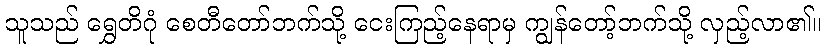
သူသည် ရွှေတိဂုံ စေတီတော်ဘက်သို့ ငေးကြည့်နေရာမှ ကျွန်တော့်ဘက်သို့ လှည့်လာ၏။